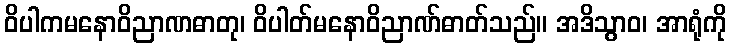
ဝိပါကမနောဝိညာဏဓာတု၊ ဝိပါတ်မနောဝိညာဏ်ဓာတ်သည်။ အဒိသွာဝ၊ အာရုံကို